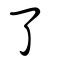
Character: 了